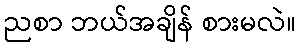
ညစာ ဘယ်အချိန် စားမလဲ။